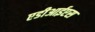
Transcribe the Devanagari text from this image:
एडीआईएस